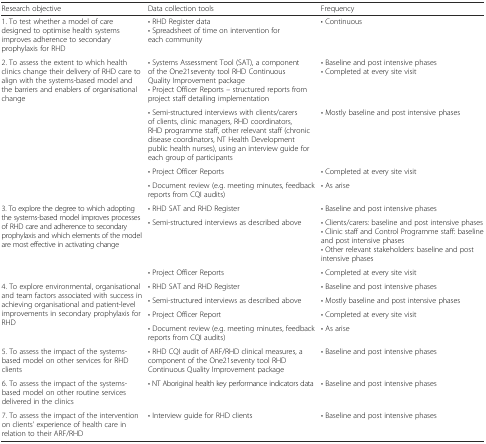
<table><thead><tr><td><b>Research objective</b></td><td><b>Data collection tools</b></td><td><b>Frequency</b></td></tr></thead><tbody><tr><td>1. To test whether a model of care designed to optimise health systems improves adherence to secondary prophylaxis for RHD</td><td>• RHD Register data• Spreadsheet of time on intervention for each community</td><td>• Continuous</td></tr><tr><td rowspan="4">2. To assess the extent to which health clinics change their delivery of RHD care to align with the systems-based model and the barriers and enablers of organisational change</td><td>• Systems Assessment Tool (SAT), a component of the One21seventy tool RHD Continuous Quality Improvement package• Project Officer Reports – structured reports from project staff detailing implementation</td><td>• Baseline and post intensive phases• Completed at every site visit</td></tr><tr><td>• Semi-structured interviews with clients/carers of clients, clinic managers, RHD coordinators, RHD programme staff, other relevant staff (chronic disease coordinators, NT Health Development public health nurses), using an interview guide for each group of participants</td><td>• Mostly baseline and post intensive phases</td></tr><tr><td>• Project Officer Reports</td><td>• Completed at every site visit</td></tr><tr><td>• Document review (e.g. meeting minutes, feedback reports from CQI audits)</td><td>• As arise</td></tr><tr><td rowspan="3">3. To explore the degree to which adopting the systems-based model improves processes of RHD care and adherence to secondary prophylaxis and which elements of the model are most effective in activating change</td><td>• RHD SAT and RHD Register</td><td>• Baseline and post intensive phases</td></tr><tr><td>• Semi-structured interviews as described above</td><td>• Clients/carers: baseline and post intensive phases • Clinic staff and Control Programme staff: baseline and post intensive phases • Other relevant stakeholders: baseline and post intensive phases</td></tr><tr><td>• Project Officer Reports</td><td>• Completed at every site visit</td></tr><tr><td rowspan="4">4. To explore environmental, organisational and team factors associated with success in achieving organisational and patient-level improvements in secondary prophylaxis for RHD</td><td>• RHD SAT and RHD Register</td><td>• Baseline and post intensive phases</td></tr><tr><td>• Semi-structured interviews as described above</td><td>• Mostly baseline and post intensive phases</td></tr><tr><td>• Project Officer Report</td><td>• Completed at every site visit</td></tr><tr><td>• Document review (e.g. meeting minutes, feedback reports from CQI audits)</td><td>• As arise</td></tr><tr><td>5. To assess the impact of the systems-based model on other services for RHD clients</td><td>• RHD CQI audit of ARF/RHD clinical measures, a component of the One21seventy tool RHD Continuous Quality Improvement package</td><td>• Baseline and post intensive phases</td></tr><tr><td>6. To assess the impact of the systems-based model on other routine services delivered in the clinics</td><td>• NT Aboriginal health key performance indicators data</td><td>• Baseline and post intensive phases</td></tr><tr><td>7. To assess the impact of the intervention on clients’ experience of health care in relation to their ARF/RHD</td><td>• Interview guide for RHD clients</td><td>• Baseline and post intensive phases</td></tr></tbody></table>